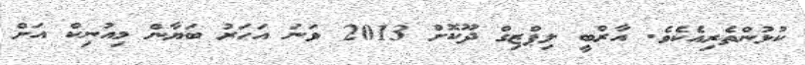
ކުޅުންތެރިއެކެވެ. އާރްބީ ލިޕްޒިގް ދޫކޮށް 2013 ވަނަ އަހަރު ބަޔާން މިއުނިކް އަށް